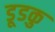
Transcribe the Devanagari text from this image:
डूडकु